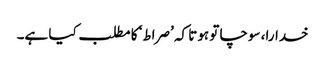
خدارا، سوچا تو ہوتا کہ ’صراط‘ کا مطلب کیا ہے۔